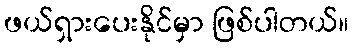
ဖယ်ရှားပေးနိုင်မှာ ဖြစ်ပါတယ်။